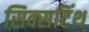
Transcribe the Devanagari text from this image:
सिक्सटिंथ